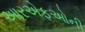
આરએફઓની